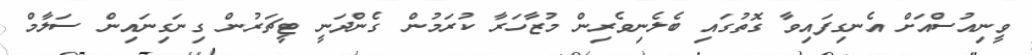
ވީނިއުސްއަށް އެނގިފައިވާ ގޮތުގައި ބެލެނިވެރިން މުޒާހަރާ ކުރަމުން ގެންދަނީ ޓީޗަރުން ގިނަގިނައިން ސަލާމް